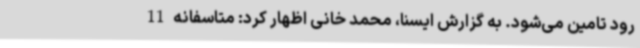
رود تامین می‌شود. به گزارش ایسنا، محمد خانی اظهار کرد: متاسفانه 11